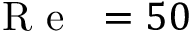
\mathrm { ~ \textit ~ { ~ R ~ e ~ } ~ } = 5 0